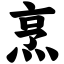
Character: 烹